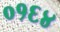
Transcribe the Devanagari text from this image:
०१६४